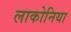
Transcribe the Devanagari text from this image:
लाकोनिया